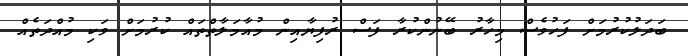
ބަދަލުކުރުމަށް ފަހުވެސް މިހާރު ބޭނުންކުރާ ފަސް ރުފިޔާއިން މުއާމަލާތްތައް ކުރުމަށް ވަކި މުއްދަތެއް